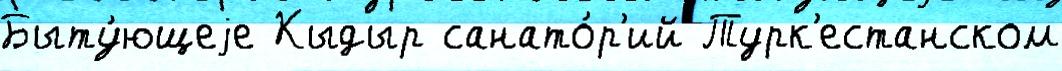
Быту́ющеjе Кыдыр санато́р'ий Турк'естанском